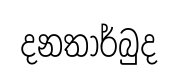
දනතාර්බුද